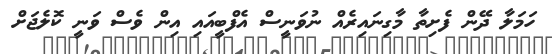
ހަމަލާ ދޭން ފެށިތާ މާގިނައިރެއް ނުވަނީސް އެފްބީއައި އިން ވެސް ވަނީ ކޮލެޖަށް